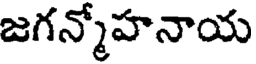
జగన్మోహనాయ